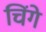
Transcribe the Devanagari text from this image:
चिंगे